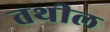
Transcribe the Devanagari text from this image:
तथील